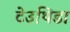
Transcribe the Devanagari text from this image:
टेउथिडा